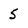
Character: 5